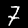
Digit: 7